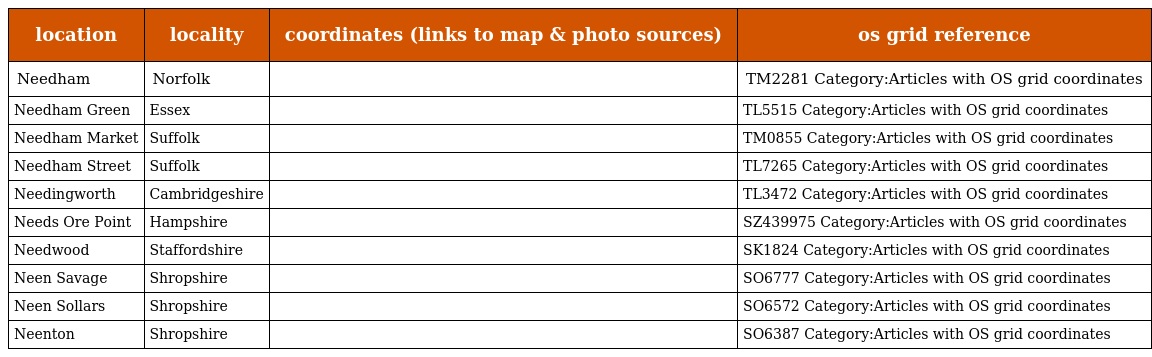
| location | locality | coordinates (links to map & photo sources) | os grid reference |
 | --- | --- | --- | --- |
 | Needham | Norfolk |  | TM2281 Category:Articles with OS grid coordinates |
 | Needham Green | Essex |  | TL5515 Category:Articles with OS grid coordinates |
 | Needham Market | Suffolk |  | TM0855 Category:Articles with OS grid coordinates |
 | Needham Street | Suffolk |  | TL7265 Category:Articles with OS grid coordinates |
 | Needingworth | Cambridgeshire |  | TL3472 Category:Articles with OS grid coordinates |
 | Needs Ore Point | Hampshire |  | SZ439975 Category:Articles with OS grid coordinates |
 | Needwood | Staffordshire |  | SK1824 Category:Articles with OS grid coordinates |
 | Neen Savage | Shropshire |  | SO6777 Category:Articles with OS grid coordinates |
 | Neen Sollars | Shropshire |  | SO6572 Category:Articles with OS grid coordinates |
 | Neenton | Shropshire |  | SO6387 Category:Articles with OS grid coordinates |